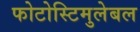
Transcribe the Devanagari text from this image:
फोटोस्टिमुलेबल